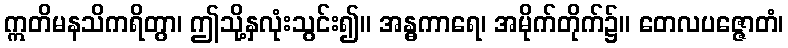
ဣတိမနသိကရိတွာ၊ ဤသို့နှလုံးသွင်း၍။ အန္ဓကာရေ၊ အမိုက်တိုက်၌။ တေလပဇ္ဇောတံ၊